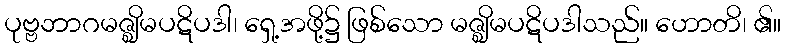
ပုဗ္ဗဘာဂမဇ္ဈိမပဋိပဒါ၊ ရှေ့အဖို့၌ ဖြစ်သော မဇ္ဈိမပဋိပဒါသည်။ ဟောတိ၊ ၏။